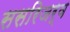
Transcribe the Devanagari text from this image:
ससरिजर्व